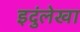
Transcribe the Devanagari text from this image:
इदुंलेखा